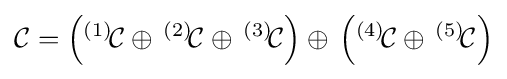
{\mathcal {C}}=\left(^{(1)}\!{\mathcal {C}}\oplus \,^{(2)}\!{\mathcal {C}}\oplus \,^{(3)}\!{\mathcal {C}}\right)\oplus \,\left(^{(4)}\!{\mathcal {C}}\oplus \,^{(5)}\!{\mathcal {C}}\right)